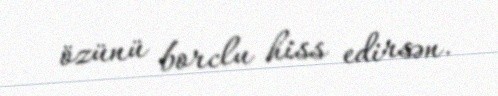
özünü borclu hiss edirsən.